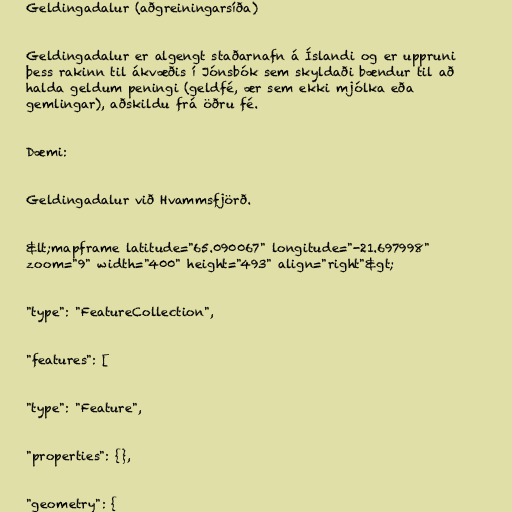
Geldingadalur (aðgreiningarsíða)

Geldingadalur er algengt staðarnafn á Íslandi og er uppruni
þess rakinn til ákvæðis í Jónsbók sem skyldaði bændur til að
halda geldum peningi (geldfé, ær sem ekki mjólka eða
gemlingar), aðskildu frá öðru fé.

Dæmi:

Geldingadalur við Hvammsfjörð.

&lt;mapframe latitude="65.090067" longitude="-21.697998"
zoom="9" width="400" height="493" align="right"&gt;

"type": "FeatureCollection",

"features": [

"type": "Feature",

"properties": {},

"geometry": {